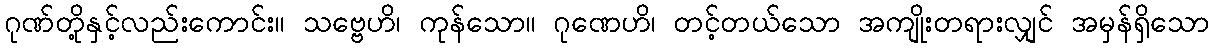
ဂုဏ်တို့နှင့်လည်းကောင်း။ သဗ္ဗေဟိ၊ ကုန်သော။ ဂုဏေဟိ၊ တင့်တယ်သော အကျိုးတရားလျှင် အမှန်ရှိသော